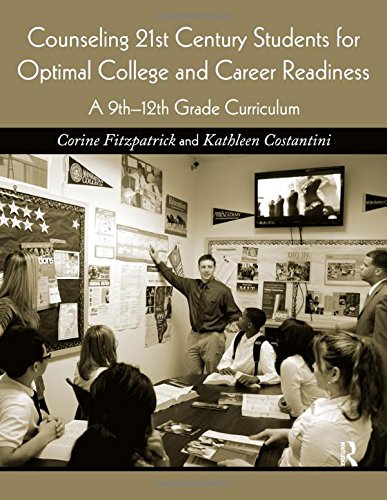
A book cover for Counseling 21st Century Students for Optimal College and Career Readiness: A 9th-12th Grade Curriculum; Corine Fitzpatrick; Medical Books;